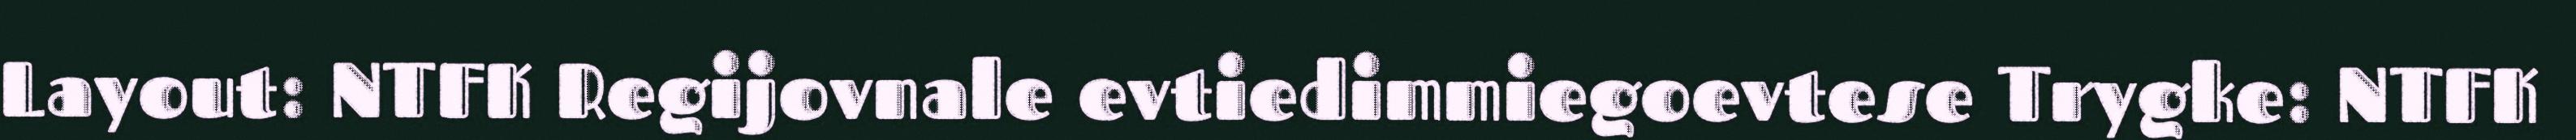
Layout: NTFK Regijovnale evtiedimmiegoevtese Trygke: NTFK